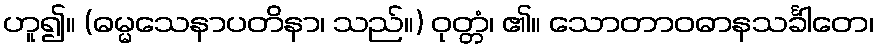
ဟူ၍။ (ဓမ္မသေနာပတိနာ၊ သည်။) ဝုတ္တံ၊ ၏။ သောတာဝဓာနသင်္ခါတေ၊